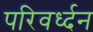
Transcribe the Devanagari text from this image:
परिवर्ध्दन